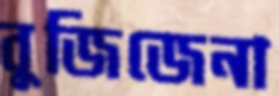
বুজিজেনা